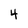
Character: 4